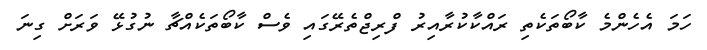
ހަމަ އެހެންމެ ކާބޯތަކެތި ރައްކާކުރާއިރު ފްރިޖްތެރޭގައި ވެސް ކާބޯތަކެެއްޗާ ނުގުޅޭ ވަރަށް ގިނަ